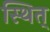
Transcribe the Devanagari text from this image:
स्थित्